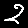
Digit: 2